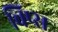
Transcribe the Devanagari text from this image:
चिप्‍स